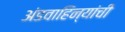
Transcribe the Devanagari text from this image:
अंडवाहिन्यांची